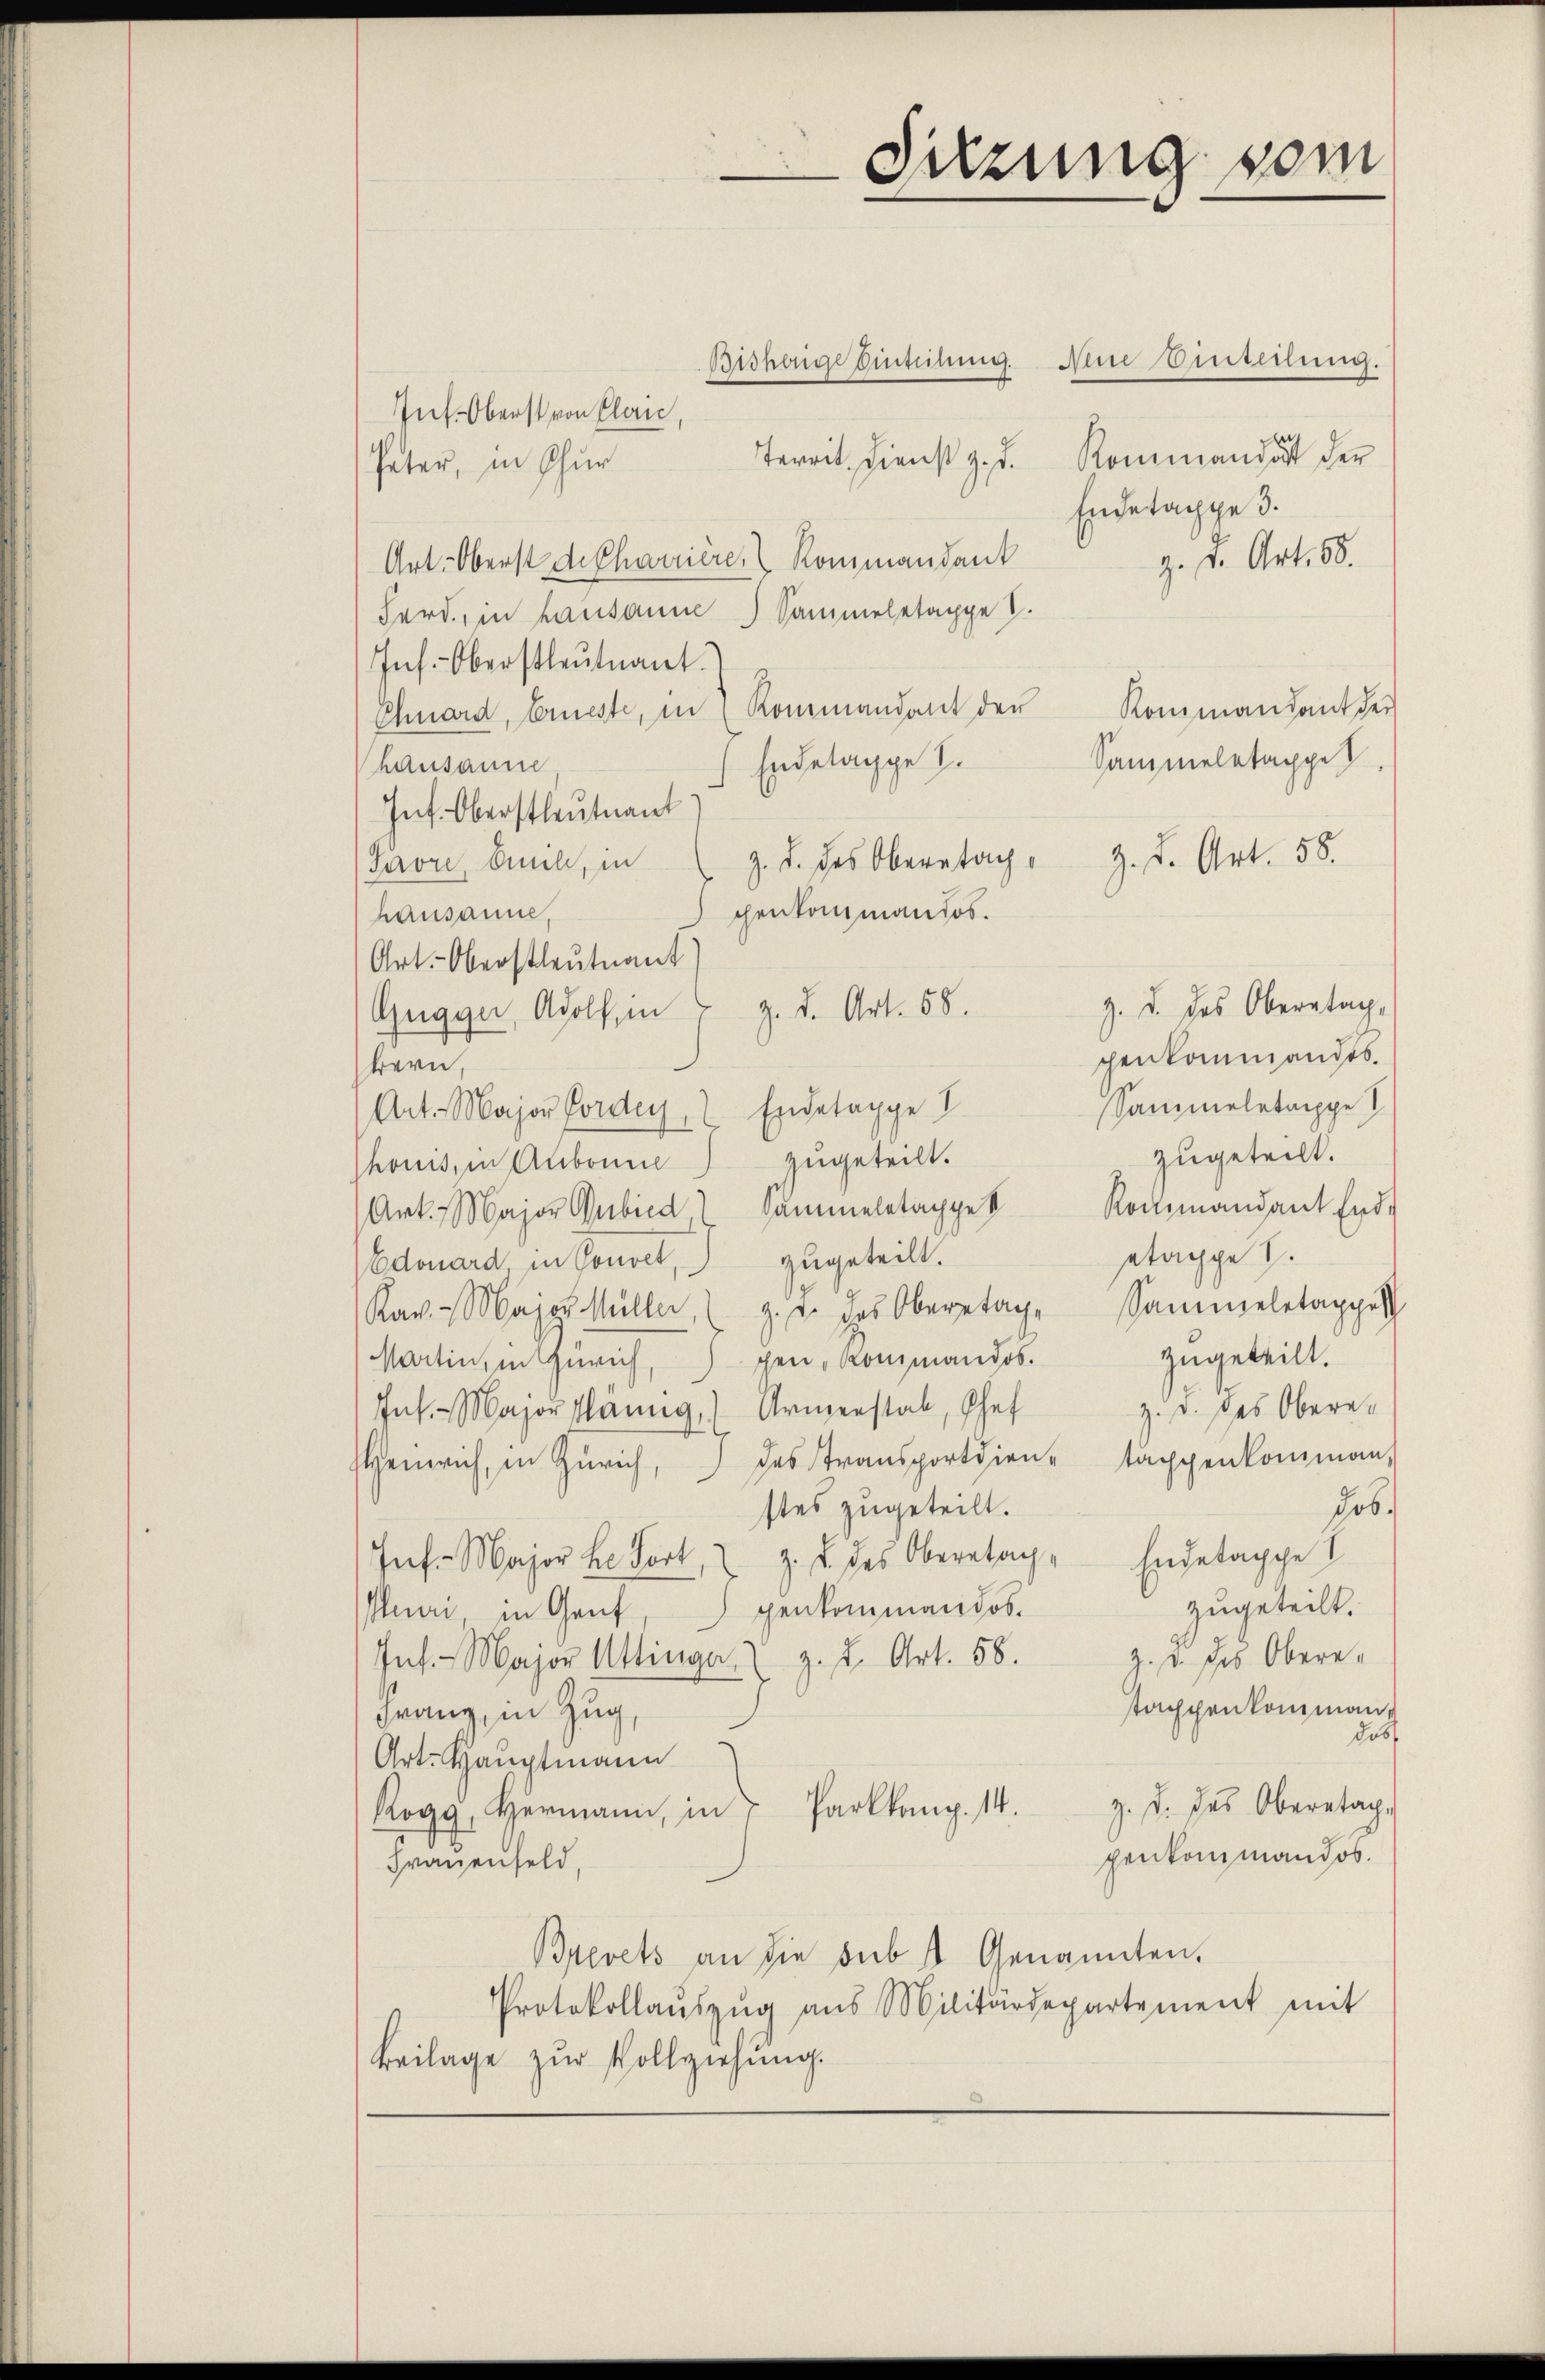
Int. Oberst von Plan,
Territ, Dienst z. d. Kommandat der
Pater, in Chur
Endetappe 3.
Art. Oberst de Charrière, Kommandant
z. Dr. Art. 68.
Ferd., in Lausanne Sammeletappe .
Ins. Oberstleutnant.
Kommandant der
Chnard, Erneste, in 2 Kommandant der
Sammeletappe
Endelappe .
hausanne
Int. Oberstleutnant
Favre, Anna, in (z. B. des Oberatag" z. B. Art. 58.
chenkommandos.
hausanne,
Art. Oberstleutnant
z. d. des Oberstag,
Gugger, Adolf, in 7 Z. d. Art. 58.
penkammandes.
Bern,
Sammeletappe
Art. Major Forden, 2 Endetappe I
zugeteilt.
zugeteilt.
honis, in Aubonne
Art. Major Gubied, Sammeletappe Romandant End-
etage
zugeteilt.
Edouard, in Convet,
Kav. Major Müller, (z. B. des Oberstag. Sammeletappel
zugeteilt.
Martin, in Gerich, senkommandos.
z. d. des Obera¬
Ins. Majorslang, Armenstal, Ehef
das Stransportdien tappenkommen,
heinrich, in Zürich,
Job.
stes zugeteilt.
Inf. Major Fort z. B. des Obernach Endetappel
zugeteilt.
penkommandos.
Muri in Genf,
Ins. Major Uttinge, z. B. Art. 58. Z. u. des Obere-
stappenkomman¬
Franz, in Zug,
das
Art. Hauptmann
z. d. des Oberatach¬
Rogg, Hermann, in Parkkamp. 14.
penkommandos.
Frauenfeld,
Brevets an die sub 3 Genannten.
Protokollaŭszŭg aŭs Militärdepartement mit
Beilage zur Vollziehung.

Bisherige Einteilung

Sitzung vom

Ain Einteilung.